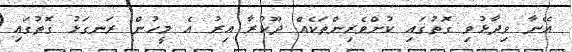
އޭނާ ވިދާޅުވި ގޮތުގައި ކުށްވެރިންތަކެއް ދޫކުރާ އިރު އެ މީހުން ރަނގަޅު ގޮތުގައި